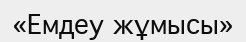
«Емдеу жұмысы»